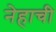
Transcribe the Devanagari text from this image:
नेहाची